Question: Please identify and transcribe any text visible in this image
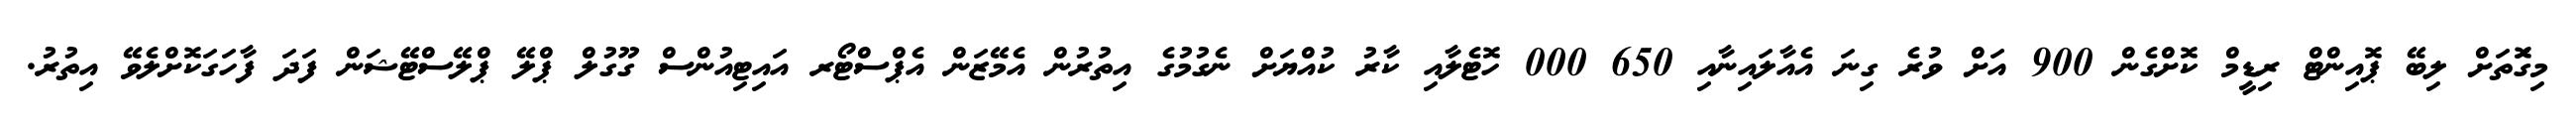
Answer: މިގޮަތަށް ލިބޭ ޕޮއިންޓް ރިޑީމް ކޮށްގެން 900 އަށް ވުރެ ގިނަ އެއާލައިނާއި 650 000 ހޮޓެލާއި ކާރު ކުއްޔަށް ނެގުމުގެ އިތުރުން އެމޭޒަން އެޕްސްޓޯރ އައިޓިއުންސް ގޫގުލް ޕްލޭ ޕްލޭސްޓޭޝަން ފަދަ ފާހަގަކޮށްލެވޭ އިތުރު.